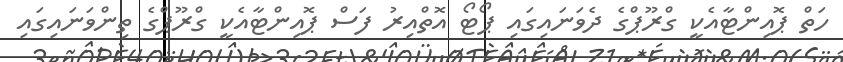
ހަތް ޕޮއިންޓާއެކީ ގްރޫޕްގެ ދެވަނައިގައި ޕޯޓޯ އޮތްއިރު ފަސް ޕޮއިންޓާއެކީ ގްރޫޕްގެ ތިންވަނައިގައި